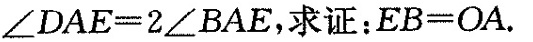
$$\angle { DAE }= \angle { 2 ∠BAE}$$，求证：$$EB=OA.$$